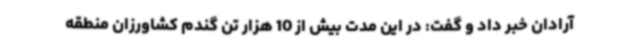
آرادان خبر داد و گفت: در این مدت بیش از 10 هزار تن گندم کشاورزان منطقه